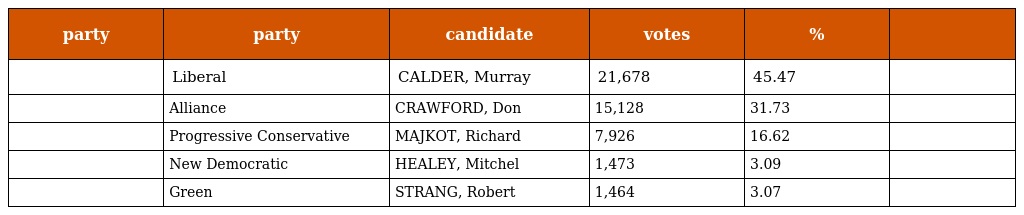
| party | party | candidate | votes | % |  |
 | --- | --- | --- | --- | --- | --- |
 |  | Liberal | CALDER, Murray | 21,678 | 45.47 |  |
 |  | Alliance | CRAWFORD, Don | 15,128 | 31.73 |  |
 |  | Progressive Conservative | MAJKOT, Richard | 7,926 | 16.62 |  |
 |  | New Democratic | HEALEY, Mitchel | 1,473 | 3.09 |  |
 |  | Green | STRANG, Robert | 1,464 | 3.07 |  |